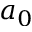
a _ { 0 }